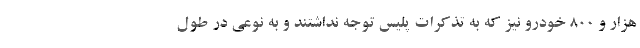
هزار و 800 خودرو نیز که به تذکرات پلیس توجه نداشتند و به نوعی در طول